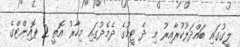
ލީގުގައި ބައްދަލުކުރާއިރު މި ދެ ޓީމުގެ ދެމެދުގައި މިހާރު އޮތީ 2 ޕޮއިންޓްގެ